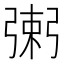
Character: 𢐌